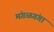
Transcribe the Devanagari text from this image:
मंगळगंगा